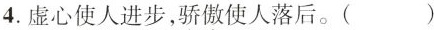
4.虚心使人进步，\underset{·}{骄}\underset{·}{傲}使人落后。( )